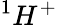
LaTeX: ^{1}H^{+}